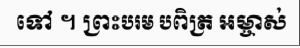
ទៅ ។ ព្រះបរម បពិត្រ អម្ចាស់